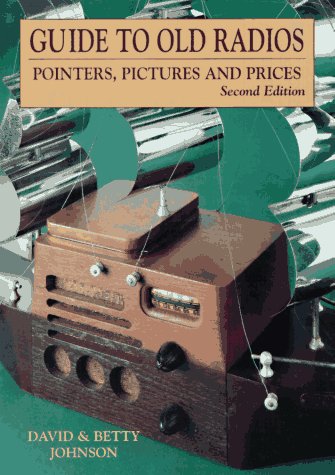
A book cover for Guide to Old Radios: Pointers, Pictures, and Prices; David Johnson; Crafts, Hobbies & Home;